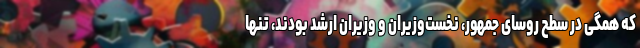
که همگی در سطح روسای جمهور، نخست‌وزیران و وزیران ارشد بودند، تنها